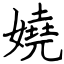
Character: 嬈